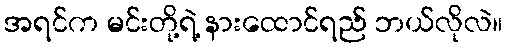
အရင်က မင်းတို့ရဲ့ နားထောင်ရည် ဘယ်လိုလဲ။